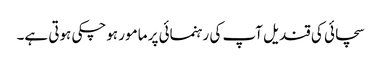
سچائی کی قندیل آپ کی رہنمائی پر مامور ہوچکی ہوتی ہے۔